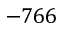
- 7 6 6